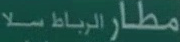
مطارالرباطسلا